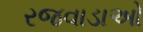
રજવાડાઓ